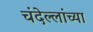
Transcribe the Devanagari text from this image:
चंदेल्लांच्या